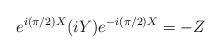
LaTeX: \begin{align*}e^{i({\pi}/{2}) X}(iY)e^{-i({\pi}/{2}) X}=-Z\end{align*}